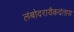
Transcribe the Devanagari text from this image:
लंबोदरायैकदंताय